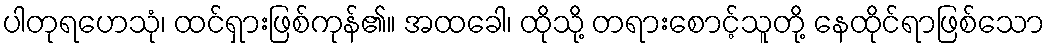
ပါတုရဟေသုံ၊ ထင်ရှားဖြစ်ကုန်၏။ အထခေါ၊ ထိုသို့ တရားစောင့်သူတို့ နေထိုင်ရာဖြစ်သော